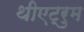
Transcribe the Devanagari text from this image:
थीएट्रुम